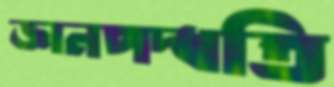
জ্ঞানপদ্ধতি